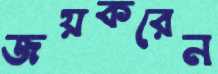
জয়করেন